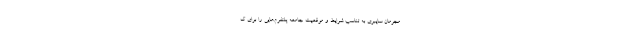
مجرمان سایبری به تناسب شرایط و موقعیت جامعه پلتفرم‌هایی را برای ک